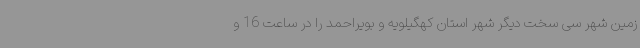
زمین شهر سی سخت دیگر شهر استان کهگیلویه و بویراحمد را در ساعت 16 و